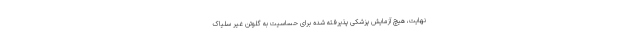
نهایت، هیچ آزمایش پزشکی پذیرفته شده برای حساسیت به گلوتن غیر سلیاک